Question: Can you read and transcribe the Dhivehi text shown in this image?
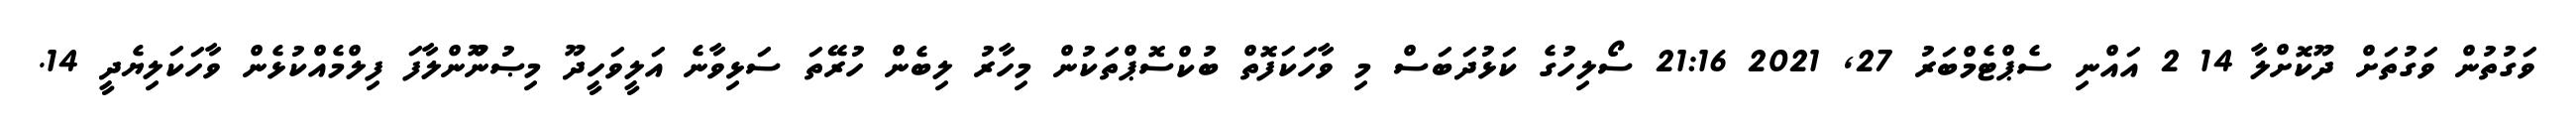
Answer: ވަގުތުން ވަގުތަށް ދޫކޮށްލާ 14 2 އައްނި ސެޕްޓެމްބަރު 27, 2021 21:16 ސޯލިހުގެ ކަޅުދަބަސް މި ވާހަކަފޮތް ބުކްސޮޕްތަކުން މިހާރު ލިބެން ހުރޭތަ ސަޅިވާނެ އަލީވަހީދޫ މިޞުންޫންލާފަ ފިލްމެއްކުޅެން ވާހަކަލިޔެދީ 14.